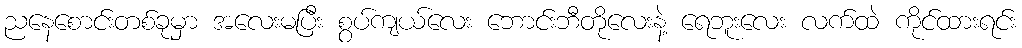
ညနေစောင်းတစ်ခုမှာ အလေးမပြီး စွပ်ကျယ်လေး ဘောင်းဘီတိုလေးနဲ့ ရေဘူးလေး လက်ထဲ ကိုင်ထားရင်း